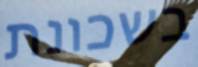
בשכונת